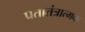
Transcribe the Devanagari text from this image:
प्रतातंत्रात्मक